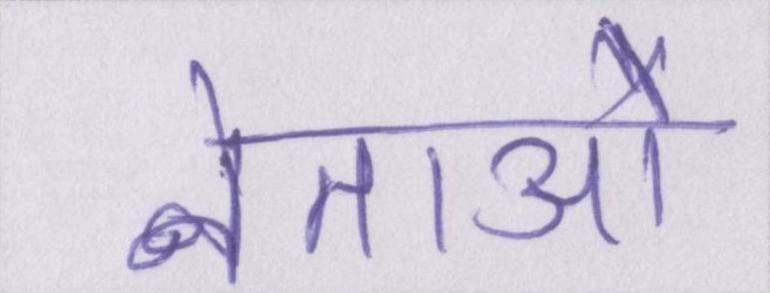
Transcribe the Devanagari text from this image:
नेताओ